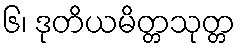
၆၊ ဒုတိယမိတ္တသုတ္တ